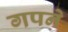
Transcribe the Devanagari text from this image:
गपने